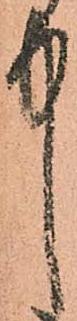
中